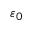
\varepsilon _ { 0 }